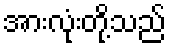
အားလုံးတို့သည်